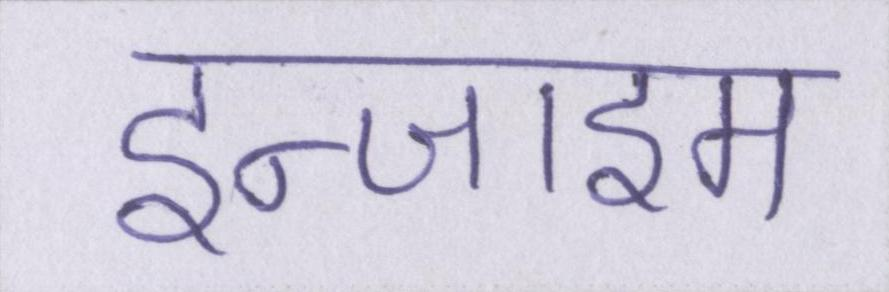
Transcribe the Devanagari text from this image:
इन्जाइम